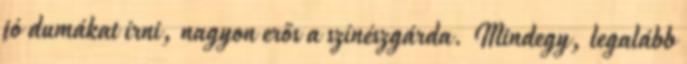
jó dumákat írni, nagyon erős a színészgárda. Mindegy, legalább